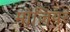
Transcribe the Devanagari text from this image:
मोज़ियर